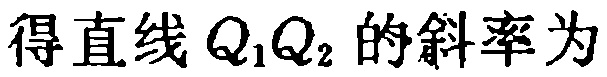
得直线 \(Q_{1}Q_{2}\) 的斜率为